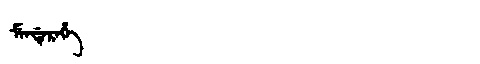
Manchu: ᠮᡝᠨᡩᡝᡵᡝᡥᡝ
Romanization: MENDEREHE